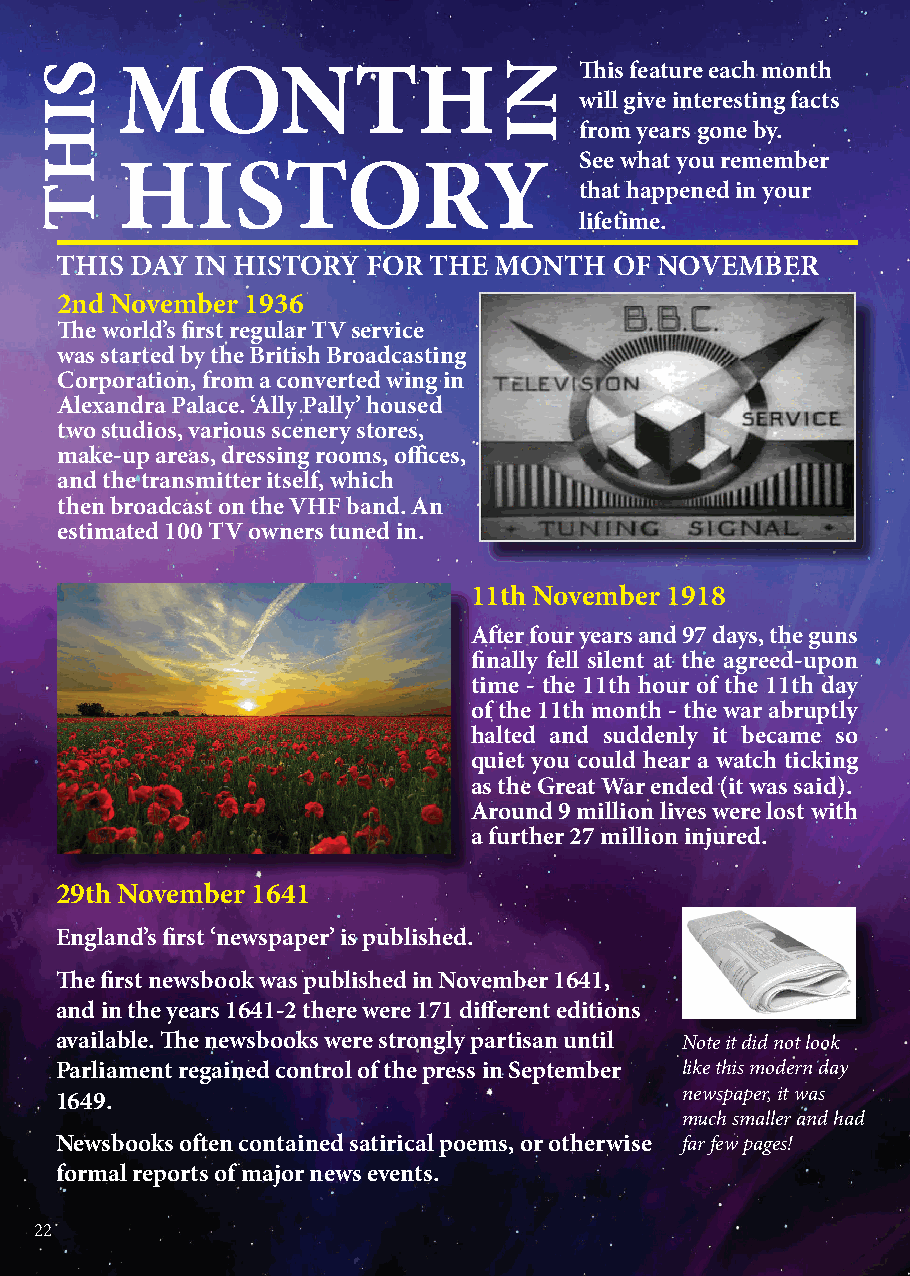
Th is feature each month
 MONTH
 will give interesting facts
 from years gone by.
 See what you remember
 HISTORY
 that happened in your
 lifetime.
 THIS DAY IN HISTORY FOR THE  MONTH   OF NOVEMBER
 2nd November 1936
 Th e world’s fi rst regular TV service
 was started by the British Broadcasting
 Corporation, from a converted wing in
 Alexandra Palace. ‘Ally Pally’ housed
 two studios, various scenery stores,
 make-up areas, dressing rooms, offi ces,
 and the transmitter itself, which
 then broadcast on the VHF band. An
 estimated 100 TV owners tuned in.
 11th November 1918
 Aft er four years and 97 days, the guns
 fi nally fell silent at the agreed-upon
 time - the 11th hour of the 11th day
 of the 11th month - the war abruptly
 halted and suddenly it became so
 quiet you could hear a watch ticking
 as the Great War ended (it was said).
 Around 9 million lives were lost with
 a further 27 million injured.
 29th November 1641
 England’s fi rst ‘newspaper’ is published.
 Th e fi rst newsbook was published in November 1641,
 and in the years 1641-2 there were 171 diff erent editions
 available. Th e newsbooks were strongly partisan until Note it did not look
 Parliament regained control of the press in September like this modern day
 newspaper, it was
 1649.
 much smaller and had
 Newsbooks oft en contained satirical poems, or otherwise far few pages!
 formal reports of major news events.
 22
 SIHT                           NI